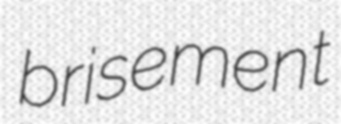
brisement